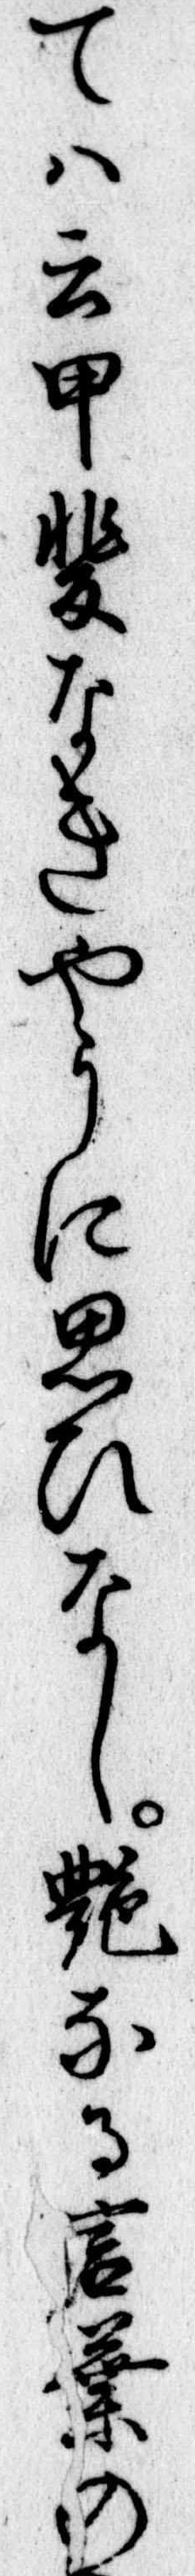
ては云甲斐なきやうに思ひなし艶なる言葉の